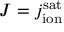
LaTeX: J = j _ { \mathrm { i o n } } ^ { \mathrm { s a t } }